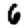
Digit: 6